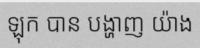
ឡុក បាន បង្ហាញ យ៉ាង